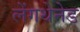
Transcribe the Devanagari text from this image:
लेंगथेनेड